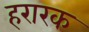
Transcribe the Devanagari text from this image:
हरारक